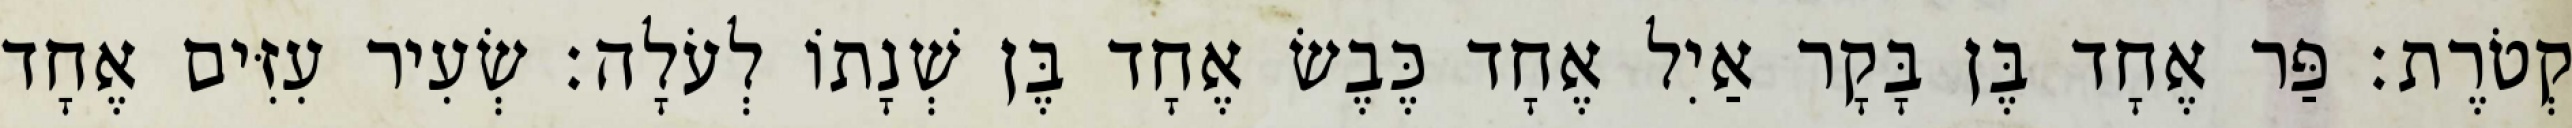
קְטֹרֶת׃ פַּר אֶחָד בֶּן בָּקָר אַיִל אֶחָד כֶּבֶשׂ אֶחָד בֶּן שְׁנָתוֹ לְעֹלָה׃ שְׂעִיר עִזִּים אֶחָד